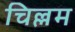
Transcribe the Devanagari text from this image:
चिल्लम